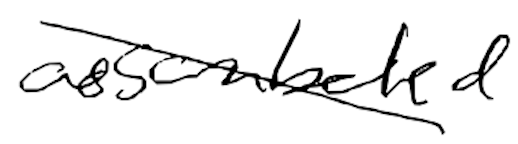
Text: assembled
Cross-out: diagonal
Writing tool: digital_black